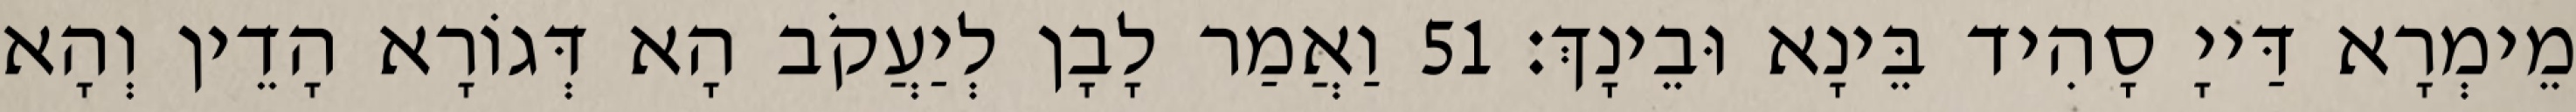
מֵימְרָא דַּייָ סָהִיד בֵּינָא וּבֵינָךְ׃ 51 וַאֲמַר לָבָן לְיַעֲקֹב הָא דְּגוֹרָא הָדֵין וְהָא